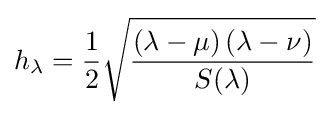
h_{\lambda }={\frac {1}{2}}{\sqrt {\frac {\left(\lambda -\mu \right)\left(\lambda -\nu \right)}{S(\lambda )}}}